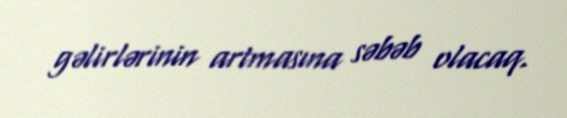
gəlirlərinin artmasına səbəb olacaq.